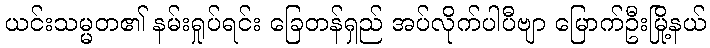
ယင်းသမ္မတ၏ နမ်းရှုပ်ရင်း ခြေတန်ရှည် အပ်လိုက်ပါပီဗျာ မြောက်ဦးမြို့နယ်